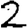
Digit: 2